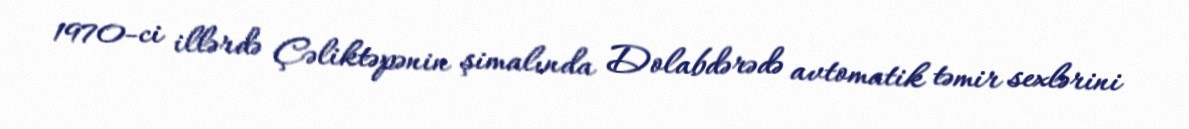
1970-ci illərdə Çəliktəpənin şimalında Dolabdərədə avtomatik təmir sexlərini